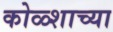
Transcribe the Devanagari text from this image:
कोळ्शाच्या